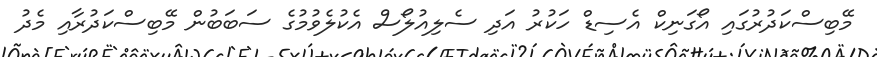
މޭބިސްކަދުރުގައި އޯގަނިކް އެސިޑް ހަކުރު އަދި ސެލިއުލޯސް އެކުލެވުމުގެ ސަބަބުން މޭބިސްކަދުރާއި މެދު